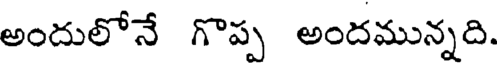
అందులోనే గొప్ప అందమున్నది.